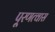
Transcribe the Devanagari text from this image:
पू्रणत्वास